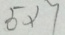
5 \times 7